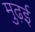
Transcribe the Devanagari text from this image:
मुढ़ई